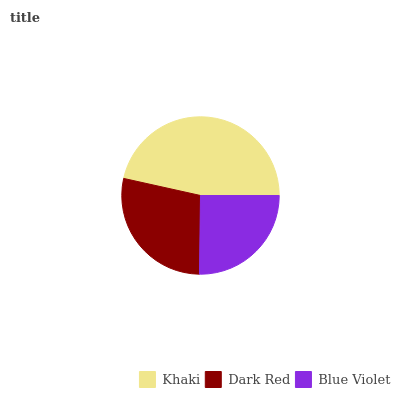
| Khaki | Dark Red | Blue Violet |
 | --- | --- | --- |
 | 46.5% | 28.3% | 25.2% |